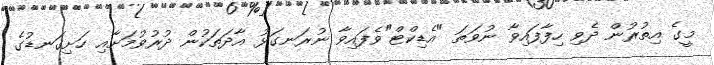
މީގެ އިތުރުން ދެވި ހިފާފައިވާ ނުވަތަ "އެޑިކްޓް"ވެފައިވާ ނުރަނގަޅު އާދަތަކުން ދުރުވުމަށާއި ހަށިގަނޑުގެ